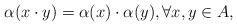
LaTeX: \begin{align*} \alpha(x \cdot y) = \alpha(x) \cdot \alpha(y), \forall x, y \in A,\end{align*}